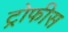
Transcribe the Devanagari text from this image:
ट्रोफीस